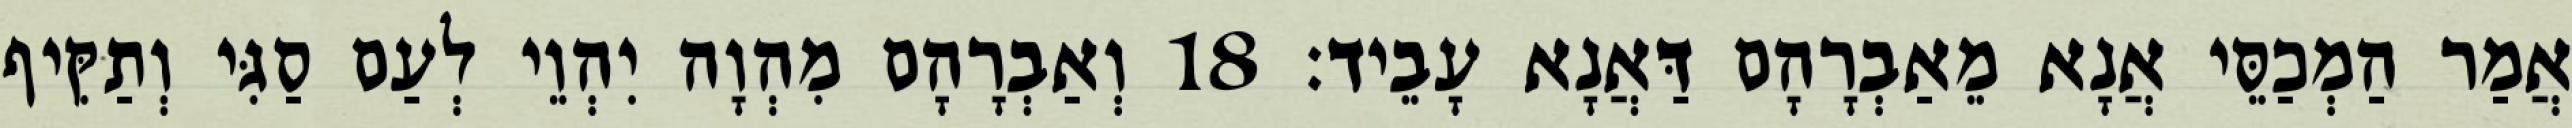
אֲמַר הַמְכַסֵּי אֲנָא מֵאַבְרָהָם דַּאֲנָא עָבֵיד׃ 18 וְאַבְרָהָם מִהְוָה יִהְוֵי לְעַם סַגִּי וְתַקִּיף